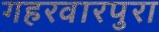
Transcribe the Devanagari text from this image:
गहरवारपुरा